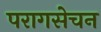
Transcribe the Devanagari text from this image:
परागसेचन